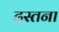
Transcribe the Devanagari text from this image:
दस्तना